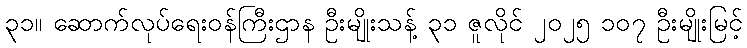
၃၁။ ဆောက်လုပ်ရေးဝန်ကြီးဌာန ဦးမျိုးသန့် ၃၁ ဇူလိုင် ၂၀၂၅ ၁၀၇ ဦးမျိုးမြင့်